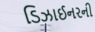
ડિઝાઈનરની